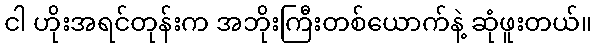
ငါ ဟိုးအရင်တုန်းက အဘိုးကြီးတစ်ယောက်နဲ့ ဆုံဖူးတယ်။